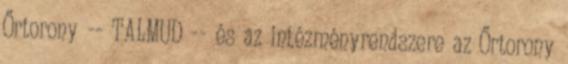
Őrtorony -- TALMUD -- és az intézményrendszere az Őrtorony